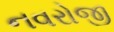
નવરોજી